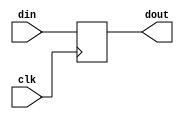
////////////////////////////////////////////////////////////////////////////////
// Company     : 
//
// Description : D flip flop with no reset signal
//
// History     : Initial 	
//
////////////////////////////////////////////////////////////////////////////////

module dff
    (
    clk,
    din,
    dout
    );

//------------------------------------------------------------------------------
//Parameters
parameter DW = 1'b1;
//------------------------------------------------------------------------------
// Port declarations
input               clk;
input [DW-1:0]	    din;
output [DW-1:0]	    dout;
//------------------------------------------------------------------------------
//internal signal
reg  [DW-1:0]	    dout;

//------------------------------------------------------------------------------
// FF
always @(posedge clk)
    begin
    dout <= din;
    end

endmodule